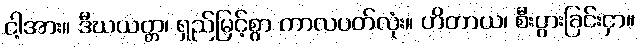
ငါ့အား။ ဒီဃယတ္တ၊ ရှည်မြင့်စွာ ကာလပတ်လုံး။ ဟိတာယ၊ စီးပွားခြင်းငှာ။